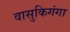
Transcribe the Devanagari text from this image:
वासुकिगंगा